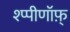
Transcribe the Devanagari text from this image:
श्प्पीणॉफ़्